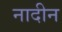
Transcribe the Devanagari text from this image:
नादीन